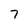
Character: 7